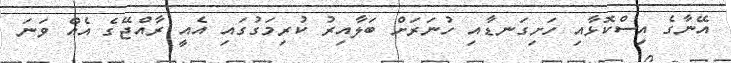
އޭނާގެ އިސްކޮޅާއި ހަށިގަނޑާއި ހުނަރަށް ބަލާއިރު ކުރިމަގުގައި އެއީ ރާއްޖޭގެ އެއް ވަނަ